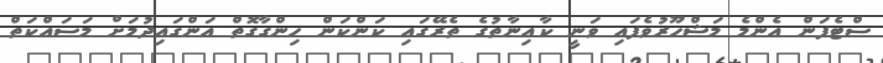
ސްޓެފަން އެންމެ މަޝްހޫރުވެފައި ވަނީ ކާއިނާތުގެ ތެރޭގައި ކަންކަން ހިންގާގޮތް އަންގައިދުމަށް މަސައްކަތް